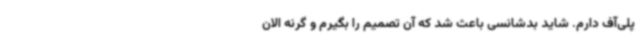
پلی‌آف دارم. شاید بدشانسی باعث شد که آن تصمیم‌ را بگیرم و گرنه الان